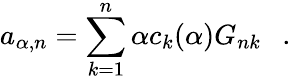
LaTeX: a_{\alpha,n}=\sum_{k=1}^{n}\alpha c_{k}({\alpha})G_{nk}~~~.